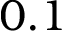
0 . 1